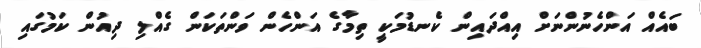
ބައެއް އަންހެނުންނަށް އިއްދައިން ކެނޑުމަކީ ތިމާގެ އަންހެން ވަންތަކަން ގެއްލި ދިއުން ކަމުގައި